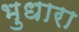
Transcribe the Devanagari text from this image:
भुधारा